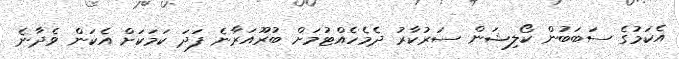
އެކަމުގެ ސަބަބުން ކޯލިޝަން ސަރުކާރު ދެމެހެއްޓުމަށް ބުރޫއަރާނެ ފަދަ ކަމަކަށް އެކަން ވެދާނެ